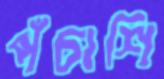
পঁচাশি